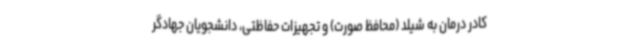
کادر درمان به شیلد (محافظ صورت) و تجهیزات حفاظتی، دانشجویان جهادگر